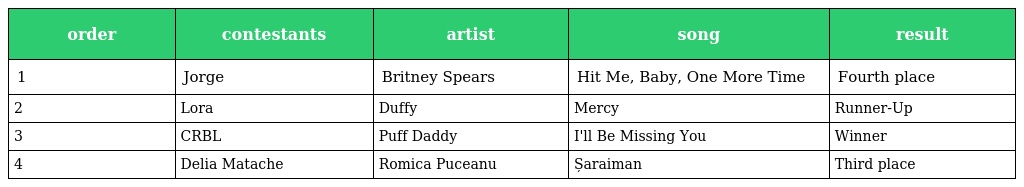
| order | contestants | artist | song | result |
 | --- | --- | --- | --- | --- |
 | 1 | Jorge | Britney Spears | Hit Me, Baby, One More Time | Fourth place |
 | 2 | Lora | Duffy | Mercy | Runner-Up |
 | 3 | CRBL | Puff Daddy | I'll Be Missing You | Winner |
 | 4 | Delia Matache | Romica Puceanu | Șaraiman | Third place |